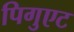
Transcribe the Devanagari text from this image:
पिगुएट